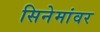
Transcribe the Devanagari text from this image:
सिनेमांवर